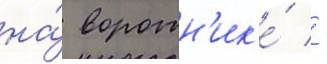
на́ воротн'ик'е́ / -